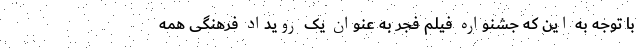
با توجه به این که جشنواره فیلم فجر به عنوان یک رویداد فرهنگی همه‌